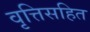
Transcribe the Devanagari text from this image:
वृत्तिसहित